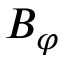
B _ { \varphi }